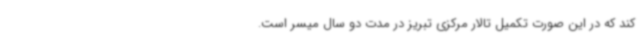
کند که در این صورت تکمیل تالار مرکزی تبریز در مدت دو سال میسر است.